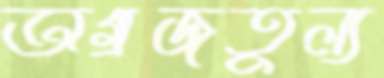
অগ্রজতুল্য